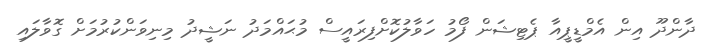
ދާންދޫ އިން އެމްޑީޕީއާ ޕެޓިޝަން ފޯމު ހަވާލުކޮށްފިރައީސް މުޙައްމަދު ނަޝީދު މިނިވަންކުރުމަށް ގޮވާލައި